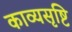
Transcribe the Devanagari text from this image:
काव्यसृष्टि